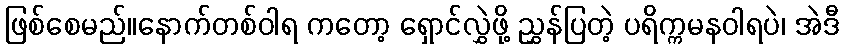
ဖြစ်စေမည်။နောက်တစ်ဝါရ ကတော့ ရှောင်လွှဲဖို့ ညွှန်ပြတဲ့ ပရိက္ကမနဝါရပဲ၊ အဲဒီ